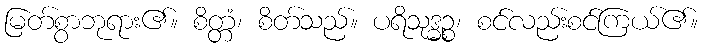
မြတ်စွာဘုရား၏။ စိတ္တံ၊ စိတ်သည်။ ပရိသုဒ္ဓဉ္စ၊ စင်လည်းစင်ကြယ်၏။